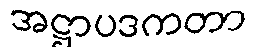
အဋ္ဌာပဒကတာ